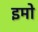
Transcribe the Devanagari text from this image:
इमो